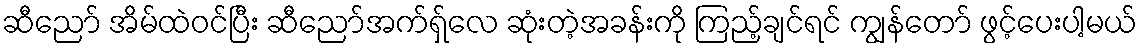
ဆီညော် အိမ်ထဲဝင်ပြီး ဆီညော်အက်ရှ်လေ ဆုံးတဲ့အခန်းကို ကြည့်ချင်ရင် ကျွန်တော် ဖွင့်ပေးပါ့မယ်